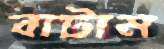
বাটাম